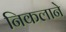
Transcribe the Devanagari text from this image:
निकलाने